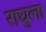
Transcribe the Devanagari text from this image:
राघुला